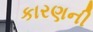
કારણની